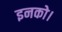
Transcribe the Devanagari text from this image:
इनको।